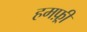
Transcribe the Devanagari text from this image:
हमफ़्री